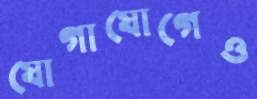
যোগাযোগেও